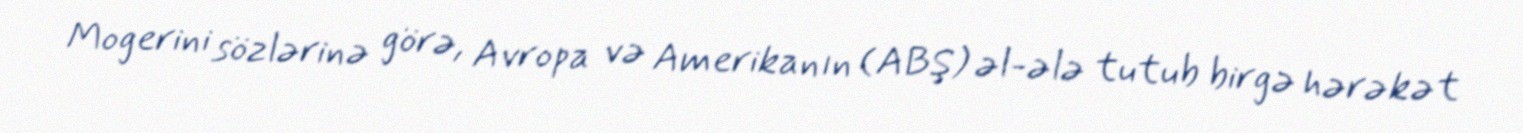
Mogerini sözlərinə görə, Avropa və Amerikanın (ABŞ) əl-ələ tutub birgə hərəkət